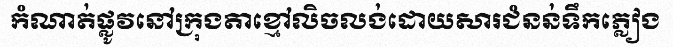
កំណាត់ផ្លូវនៅក្រុងតាខ្មៅលិចលង់ដោយសារជំនន់ទឹកភ្លៀង